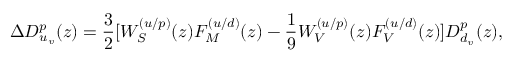
\Delta D _ { u _ { v } } ^ { p } ( z ) = \frac 3 2 [ W _ { S } ^ { ( u / p ) } ( z ) F _ { M } ^ { ( u / d ) } ( z ) - \frac { 1 } { 9 } W _ { V } ^ { ( u / p ) } ( z ) F _ { V } ^ { ( u / d ) } ( z ) ] D _ { d _ { v } } ^ { p } ( z ) ,